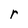
Character: r